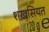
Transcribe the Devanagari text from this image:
शख़सियत